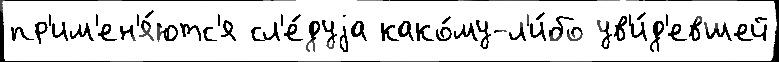
пр'им'ен'я́ютс'я сл'е́дуjа како́му-л'и́бо ув'и́д'евшей